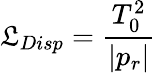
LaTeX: \mathfrak{L}_{Disp}=\frac{{T_{0}^{2}}}{{|p_{r}|}}